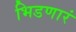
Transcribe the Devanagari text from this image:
भिडणारं